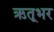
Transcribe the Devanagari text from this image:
ऋतूभर